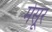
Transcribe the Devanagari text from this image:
मेसूर